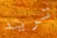
تريد